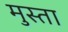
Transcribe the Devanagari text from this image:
मुस्ता